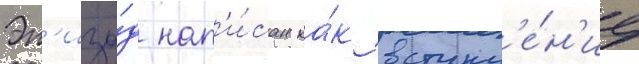
Эп'изо́д нап'и́сан ка́к вступл'е́н'ие